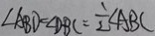
\angle A B D = \angle D B C = \frac { 1 } { 2 } \angle A B C